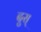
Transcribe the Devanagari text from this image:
दुस्‌